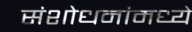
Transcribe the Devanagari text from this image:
संशोधनांमध्ये